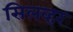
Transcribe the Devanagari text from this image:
सिलव्हर